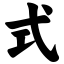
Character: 式